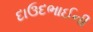
દાઉદભાઈની